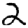
Digit: 2